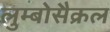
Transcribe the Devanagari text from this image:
लुम्बोसैक्रल